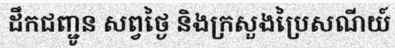
ដឹកជញ្ជូន សព្វថ្ងៃ និងក្រសួងប្រៃសណីយ៍